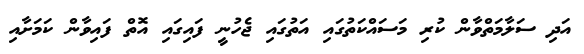
އަދި ސަލާމަތްވާން ކުރި މަސައްކަތުގައި އަތުގައި ޖެހުނީ ފައިގައި އޮތް ފައިވާން ކަމަށާއި